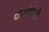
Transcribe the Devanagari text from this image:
पीओपीडी